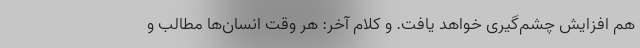
هم افزایش چشم‌گیری خواهد یافت. و کلام آخر: هر وقت انسان‌ها مطالب و